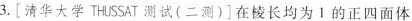
3. [清华大学 THUSSAT 测试(二测)] 在棱长均为1的正四面体